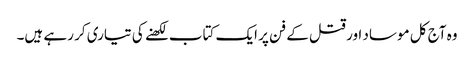
وہ آج کل موساد اور قتل کے فن پر ایک کتاب لکھنے کی تیاری کر رہے ہیں۔